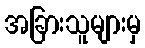
အခြားသူများမှ